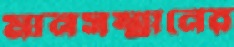
মানসম্মানের